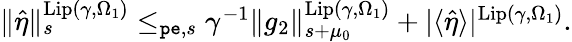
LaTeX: \begin{array}{r}{\rVert\hat{\eta}\rVert_{s}^{\mathrm{Lip}(\gamma,\Omega_{1})}\le_{\mathtt{pe},s}\gamma^{-1}\rVert g_{2}\rVert_{s+\mu_{0}}^{\mathrm{Lip}(\gamma,\Omega_{1})}+|\langle\hat{\eta}\rangle|^{\mathrm{Lip}(\gamma,\Omega_{1})}.}\end{array}